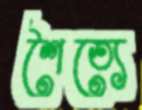
শৈত্যে